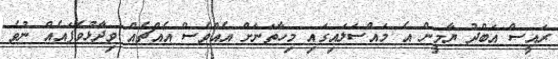
ރައީސް އަބްދު ޔާމީން އެ މައްސަލައިގައި މިހާތަނަށް އެއްވެސް އެއްޗެއް ވިދާޅުވެފައެއް ނުވެ